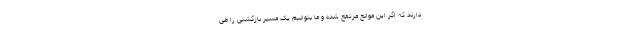
دارند که اگر این موانع مرتفع شده و ما بتوانیم یک مسیر بازگشتی را طی